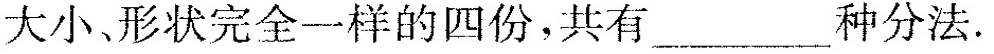
大小、形状完全一样的四份，共有___种分法。